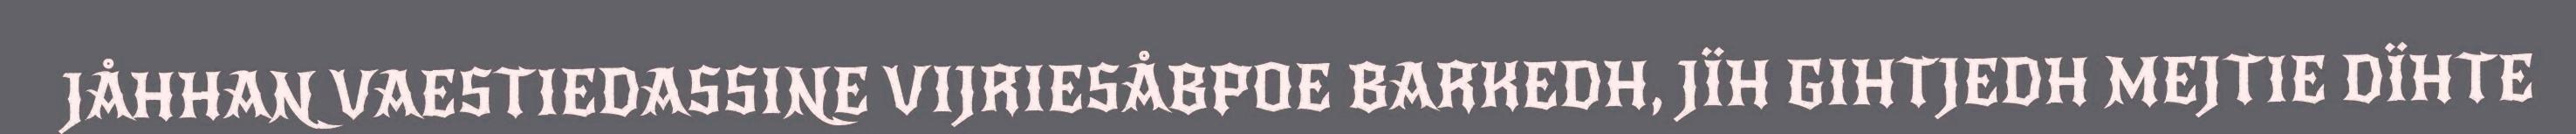
JÅHHAN VAESTIEDASSINE VIJRIESÅBPOE BARKEDH, JÏH GIHTJEDH MEJTIE DÏHTE